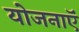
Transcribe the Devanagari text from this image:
योजनाऍं